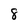
Character: 8